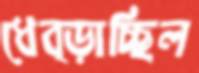
ধেব্‌ড়াচ্ছিল